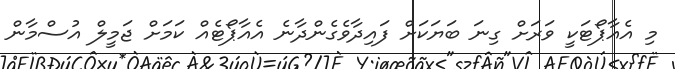
މި އެއާޕޯޓަކީ ވަރަށް ގިނަ ބަޔަކަށް ފައިދާވެގެންދާނެ އެއާޕޯޓެއް ކަމަށް ޖަމީލް އުސްމާން